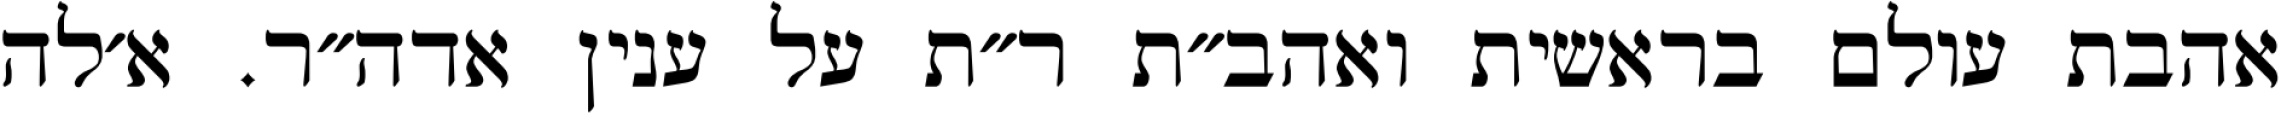
אהבת עולם בראשית ואהב״ת ר״ת על ענין אדה״ר. א׳לה